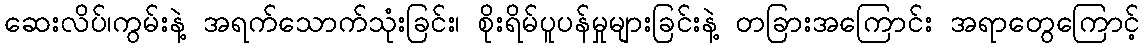
ဆေးလိပ်၊ကွမ်းနဲ့ အရက်သောက်သုံးခြင်း၊ စိုးရိမ်ပူပန်မှုများခြင်းနဲ့ တခြားအကြောင်း အရာတွေကြောင့်